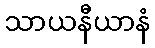
သာယနီယာနံ